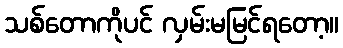
သစ်တောကိုပင် လှမ်းမမြင်ရတော့။